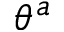
\theta ^ { a }